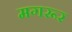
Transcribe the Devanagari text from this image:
मगरूर